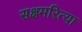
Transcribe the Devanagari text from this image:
सक्षमरित्या